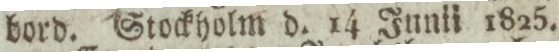
bord. Stockholm d. 14 Junli 1825.